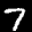
Label: 7